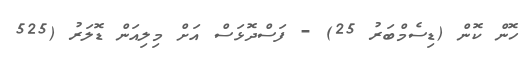
ހޮން ކޮން (ޑިސެމްބަރު 25) - ފަސްދޮޅަސް އަށް މިލިއަން ޑޮލަރު (525